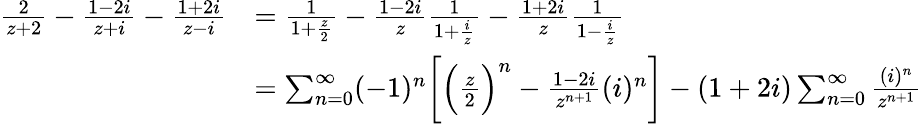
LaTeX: \begin{array}{rl}{\frac{2}{z+2}-\frac{1-2i}{z+i}-\frac{1+2i}{z-i}}&{=\frac{1}{1+\frac{z}{2}}-\frac{1-2i}{z}\frac{1}{1+\frac{i}{z}}-\frac{1+2i}{z}\frac{1}{1-\frac{i}{z}}}\\ &{=\sum_{n=0}^{\infty}(-1)^{n}\biggl[\Bigl(\frac{z}{2}\Bigr)^{n}-\frac{1-2i}{z^{n+1}}(i)^{n}\biggr]-(1+2i)\sum_{n=0}^{\infty}\frac{(i)^{n}}{z^{n+1}}}\end{array}